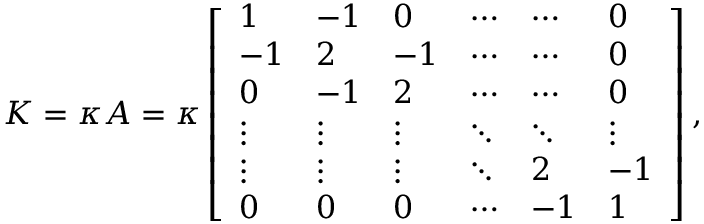
K = \kappa A = \kappa \left[ \begin{array} { l l l l l l } { 1 } & { - 1 } & { 0 } & { \cdots } & { \cdots } & { 0 } \\ { - 1 } & { 2 } & { - 1 } & { \cdots } & { \cdots } & { 0 } \\ { 0 } & { - 1 } & { 2 } & { \cdots } & { \cdots } & { 0 } \\ { \vdots } & { \vdots } & { \vdots } & { \ddots } & { \ddots } & { \vdots } \\ { \vdots } & { \vdots } & { \vdots } & { \ddots } & { 2 } & { - 1 } \\ { 0 } & { 0 } & { 0 } & { \cdots } & { - 1 } & { 1 } \end{array} \right] ,